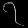
Digit: ၇